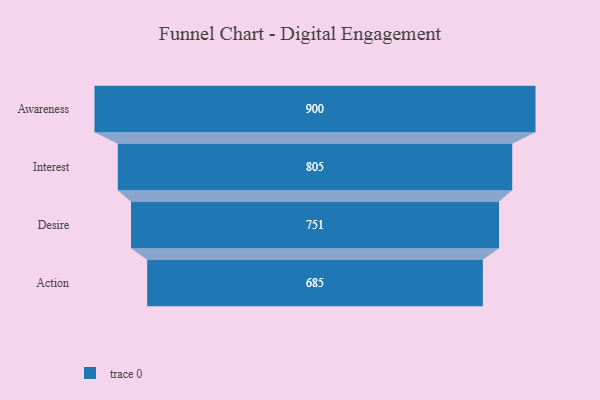
{"axis": {"x": "Stage", "y": "Value"}, "legend": [""], "data": [{"x": "Awareness", "y": 900.0, "type": ""}, {"x": "Interest", "y": 805.0, "type": ""}, {"x": "Desire", "y": 751.0, "type": ""}, {"x": "Action", "y": 685.0, "type": ""}]}